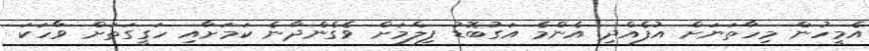
އެމީހުން މިހާތަނަށް އުފެއްދި އެންމެ އަގުބޮޑު ފިލްމަށް ވެގެންދާނެ ކަމަށާއި ހަގީގަތަށް ވާހަކަ